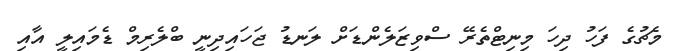
މެޗުގެ ފަހު ދިހަ މިނިޓްތެރޭ ސްވިޒަލެންޑަށް ލަނޑު ޖަހައިދިނީ ބްލެރިމް ޑެމައިލީ އާއި